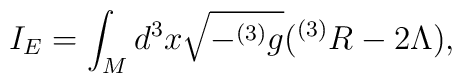
I_{E} = \int_{M} d^{3}x \sqrt{-^{(3)}g}(^{(3)}R-2\Lambda) ,